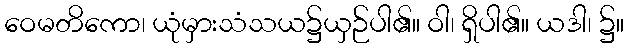
ဝေမတိကော၊ ယုံမှားသံသယ၌ယှဉ်ပါ၏။ ဝါ၊ ရှိပါ၏။ ယဒါ၊ ၌။